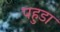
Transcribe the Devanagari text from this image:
पहुडा